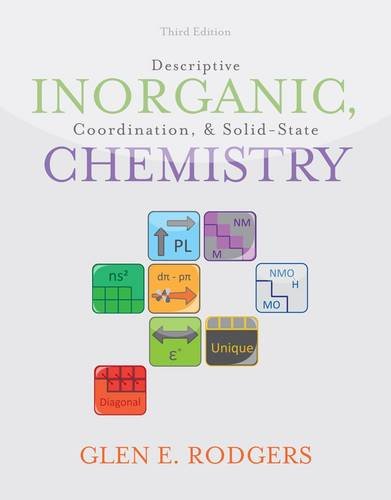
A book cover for Descriptive Inorganic, Coordination, and Solid State Chemistry; Glen E. Rodgers; Science & Math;